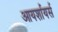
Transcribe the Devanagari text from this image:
आयर्शायर्स